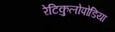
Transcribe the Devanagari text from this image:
रेटिकुलोपोडिया